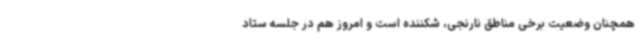
همچنان وضعیت برخی مناطق نارنجی، شکننده است و امروز هم در جلسه ستاد